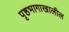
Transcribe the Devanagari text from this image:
पृष्ठभागाखालील